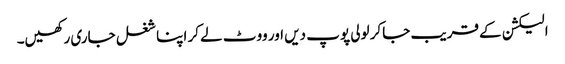
الیکشن کے قریب جاکر لولی پوپ دیں اور ووٹ لے کر اپنا شغل جاری رکھیں۔